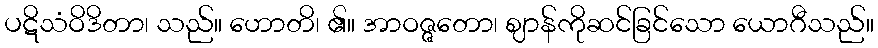
ပဋိသံဝိဒိတာ၊ သည်။ ဟောတိ၊ ၏။ အာဝဇ္ဇတော၊ ဈာန်ကိုဆင်ခြင်သော ယောဂီသည်။